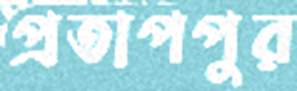
প্রতাপপুর